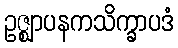
ဥဇ္ဈာပနကသိက္ခာပဒံ